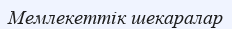
Мемлекеттік шекаралар